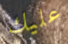
عليك